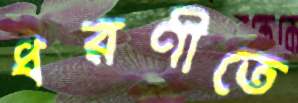
ধরণীতে